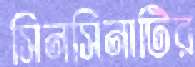
সিনসিনাটির